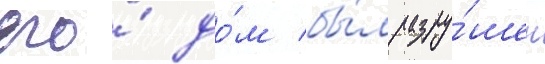
его́ до́м бы́л разру́шен